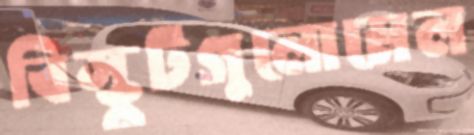
বিস্কুটগুলোমেল